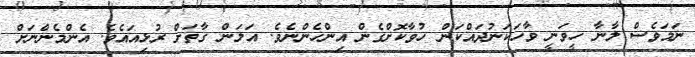
ނަމަވެސް ލާނާ ހީވަނީ ވާހަކަނުދައްކަން ހުވާކޮށްގެން އިންހެންނެވެ. އަލަން ގާތަށް ރުޅިއައެވެ. އެންމެންނަށް